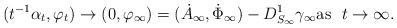
LaTeX: \begin{align*}(t^{-1} \alpha_t,\varphi_t) \to (0, \varphi_\infty) = (\dot A_\infty, \dot \Phi_\infty) - D^1_{S_\infty} \gamma_\infty \mbox{as}\ \ t \to \infty.\end{align*}